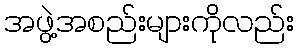
အဖွဲ့အစည်းများကိုလည်း